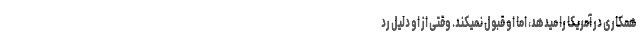
همکاری در آمریکا را میدهد، اما او قبول نمیکند. وقتی از او دلیل رد